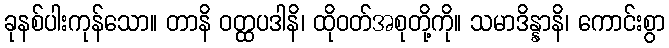
ခုနစ်ပါးကုန်သော။ တာနိ ဝတ္ထပဒါနိ၊ ထိုဝတ်အစုတို့ကို။ သမာဒိန္နာနိ၊ ကောင်းစွာ